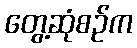
တွေ့ဆုံစဉ်က